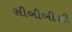
સીબીબીસી